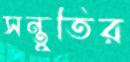
সন্তুতির